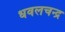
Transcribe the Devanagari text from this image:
धवलचन्द्र